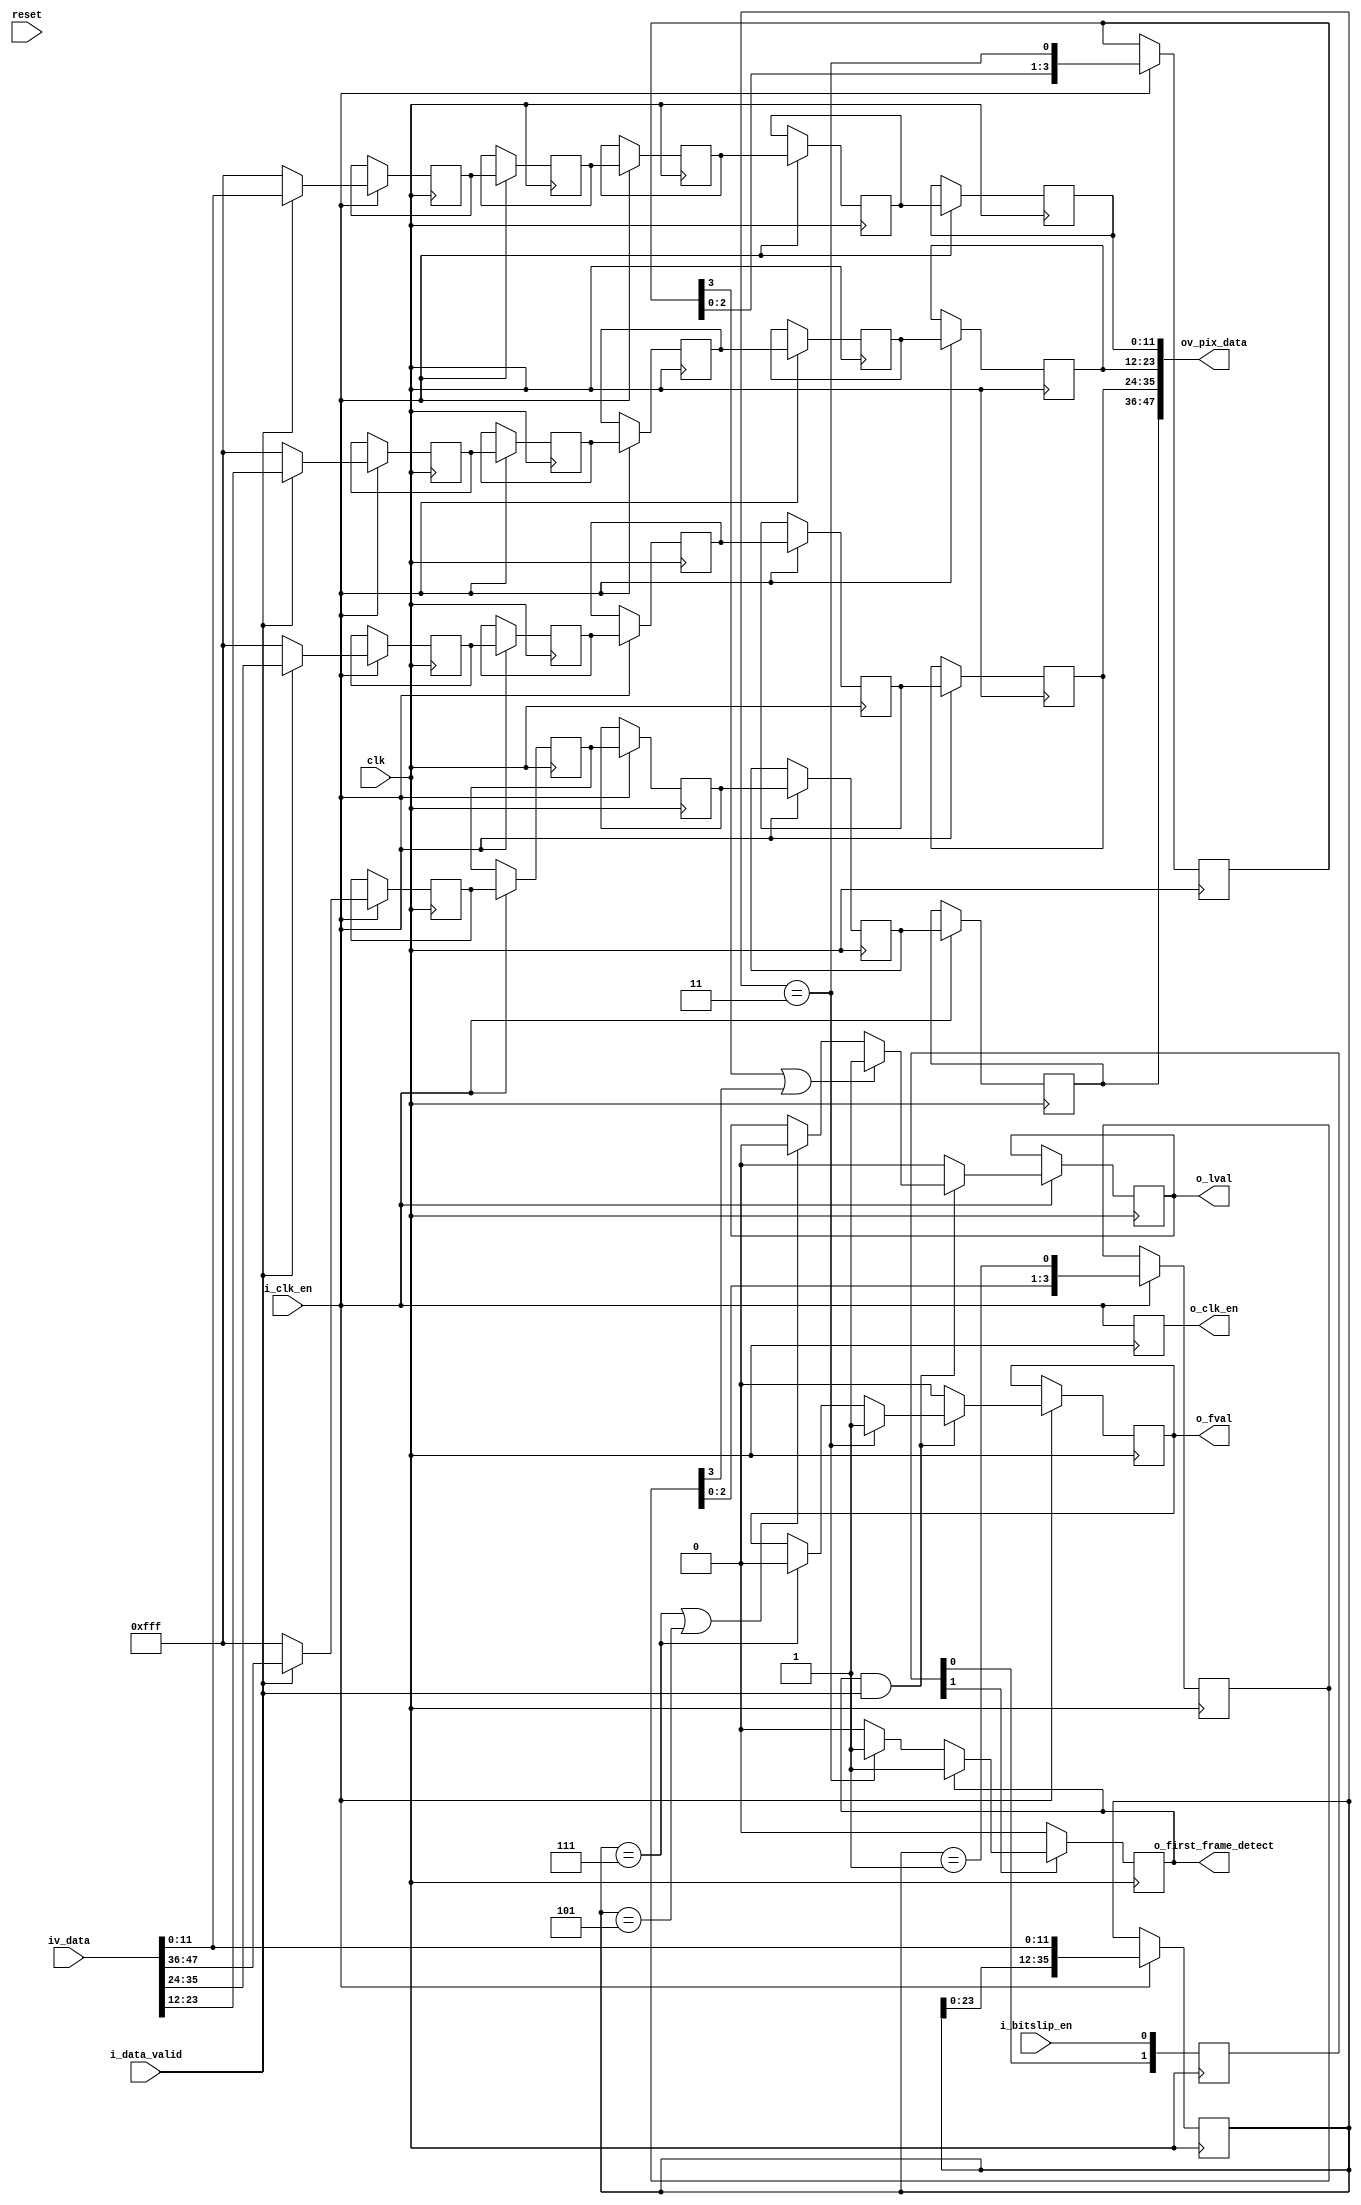
//-------------------------------------------------------------------------------------------------
//  --    : , 2010 -2015.
//  --      .
//  --          : FPGA
//  --        : HiSPi_receiver
//  --        : 
//-------------------------------------------------------------------------------------------------
//
//  --  :
//
//  --          :| 				:|  
//-------------------------------------------------------------------------------------------------
//  --        :| 2015/08/11 13:46:45	:|  
//-------------------------------------------------------------------------------------------------
//
//  --      : HiSPi
//              1)  : 
//
//              2)  : fvallvalpixel_data,fvallval
//				fval:____|--------------------------------------------|_____
//				lval:____|----|____|----|____|----|____|----|____|----|_____
//				data:____|<-->|____|<-->|____|<-->|____|<-->|____|<-->|_____
//
//				3)	: 4
//-------------------------------------------------------------------------------------------------
///
`timescale 1ns/1ns
//-------------------------------------------------------------------------------------------------
module hispi_receiver #(
	parameter		SER_FIRST_BIT			= "LSB"				,	//"LSB" or "MSB" , first bit to the receiver
	parameter		END_STYLE				= "LITTLE"			,	//"LITTLE" or "BIG" , "LITTLE" - {CHANNEL3 CHANNE2 CHANNEL1 CHANNEL0}. "BIG" - {CHANNEL0 CHANNEL1 CHANNEL2 CHANNEL3}.
	parameter		SENSOR_DAT_WIDTH		= 12				,
	parameter		CHANNEL_NUM				= 4
	)
	(
	input												clk					,	//
	input												reset				,	//
	input												i_clk_en			,	//
	input												i_data_valid		,	//
	input	[SENSOR_DAT_WIDTH*CHANNEL_NUM-1:0]			iv_data				,	//1
	input												i_bitslip_en		,	//bitslip
	output												o_first_frame_detect,	//
	output												o_clk_en			,
	output												o_fval				,	//
	output												o_lval				,	//
	output		[SENSOR_DAT_WIDTH*CHANNEL_NUM-1:0]		ov_pix_data		 		//
	);

	//	-------------------------------------------------------------------------------------
	//	hispi 
	//	-------------------------------------------------------------------------------------
	localparam					SOF	= {{(SENSOR_DAT_WIDTH-4){1'b0}},4'b0011};
	localparam					SOL	= {{(SENSOR_DAT_WIDTH-4){1'b0}},4'b0001};
	localparam					EOF	= {{(SENSOR_DAT_WIDTH-4){1'b0}},4'b0111};
	localparam					EOL	= {{(SENSOR_DAT_WIDTH-4){1'b0}},4'b0101};

	reg		[1:0]								bitslip_en_shift		= 2'b0	;//
	wire	[SENSOR_DAT_WIDTH-1:0]				wv_data_lane[CHANNEL_NUM-1:0]	;	//1
	reg		[SENSOR_DAT_WIDTH*3-1:0]			data_lane0_shift		= 'b0	;	//lan0
	reg											first_frame_detect		= 1'b0	;//

	reg											lval_reg				= 1'b0	;
	reg											fval_reg				= 1'b0	;
	reg											clk_en_dly				= 1'b0	;
	wire										sof_flag				;//SOF
	wire										eol_flag				;//EOL
	wire										sol_flag				;//SOL
	wire										eof_flag				;//EOF
	reg		[SENSOR_DAT_WIDTH-1:0]				data_lane_output[CHANNEL_NUM-1:0]	;	//1
	reg		[SENSOR_DAT_WIDTH-1:0]				data_lane_output_dly0[CHANNEL_NUM-1:0]	;	//1
	reg		[SENSOR_DAT_WIDTH-1:0]				data_lane_output_dly1[CHANNEL_NUM-1:0]	;	//1
	reg		[SENSOR_DAT_WIDTH-1:0]				data_lane_output_dly2[CHANNEL_NUM-1:0]	;	//1
	reg		[SENSOR_DAT_WIDTH-1:0]				data_lane_output_dly3[CHANNEL_NUM-1:0]	;	//1

	//	===============================================================================================
	//	ref ******
	//	===============================================================================================
	//	-------------------------------------------------------------------------------------
	//	i_bitslip_enclk_pixi_clk_parallel
	//	-------------------------------------------------------------------------------------
	always @ (posedge clk)begin
		bitslip_en_shift	<=	{bitslip_en_shift[0],i_bitslip_en};
	end

	//	===============================================================================================
	//	ref ******
	//	===============================================================================================
	//	-------------------------------------------------------------------------------------
	//	
	//	-- RATIO bit
	//	--bytebyte
	//	-------------------------------------------------------------------------------------
	genvar	i;
	generate
		for(i=0;i<CHANNEL_NUM;i=i+1) begin
			if(END_STYLE=="LITTLE") begin
				assign	wv_data_lane[i]	= iv_data[SENSOR_DAT_WIDTH*(i+1)-1:SENSOR_DAT_WIDTH*i];
			end
			else if(END_STYLE=="BIG") begin
				assign	wv_data_lane[i]	= iv_data[SENSOR_DAT_WIDTH*(CHANNEL_NUM-i)-1:SENSOR_DAT_WIDTH*(CHANNEL_NUM-i-1)];
			end
		end
	endgenerate

	//	-------------------------------------------------------------------------------------
	//	lan0 2*RATIO bit
	//	-------------------------------------------------------------------------------------
	always @ (posedge clk) begin
		if(i_clk_en==1'b1) begin
			data_lane0_shift	<= {data_lane0_shift[SENSOR_DAT_WIDTH*2-1:0],wv_data_lane[0]};
		end
	end

	//----------------------------------------------------------------------------------------
	//SOFSOLEOFEOL
	//----------------------------------------------------------------------------------------
	assign	sof_flag	=	data_lane0_shift=={{2*SENSOR_DAT_WIDTH{1'b0}},SOF};
	assign	sol_flag	=	data_lane0_shift=={{2*SENSOR_DAT_WIDTH{1'b0}},SOL};
	assign	eof_flag	=	data_lane0_shift=={{2*SENSOR_DAT_WIDTH{1'b0}},EOF};
	assign	eol_flag	=	data_lane0_shift=={{2*SENSOR_DAT_WIDTH{1'b0}},EOL};

	//	-------------------------------------------------------------------------------------
	//	 sof
	//	-------------------------------------------------------------------------------------
	always @ (posedge clk)begin
		if(!bitslip_en_shift[1]) begin
			first_frame_detect	<=	1'b0;
		end
		else if(!first_frame_detect)begin
			if(sof_flag) begin
				first_frame_detect	<=	1'b1;
			end
		end
	end
	assign	o_first_frame_detect	= first_frame_detect;

	//	===============================================================================================
	//	ref ******
	//	===============================================================================================

	reg		[3:0]		sof_flag_shift	= 4'b0;
	reg		[3:0]		sol_flag_shift	= 4'b0;
	always @ (posedge clk) begin
		if(i_clk_en==1'b1) begin
			sof_flag_shift	<= {sof_flag_shift[2:0],sof_flag};
			sol_flag_shift	<= {sol_flag_shift[2:0],sol_flag};
		end
	end

	//	-------------------------------------------------------------------------------------
	//	
	//	-------------------------------------------------------------------------------------
	always @ (posedge clk) begin
		if(i_clk_en==1'b1) begin
			if(first_frame_detect==1'b1 && i_data_valid==1'b1) begin
				if(sof_flag_shift[3] | sol_flag_shift[3]) begin
					lval_reg		<=	1'b1;
				end
				else if(eof_flag | eol_flag) begin
					lval_reg	<=	1'b0;
				end
			end
			else begin
				lval_reg	<=	1'b0;
			end
		end
	end
	assign	o_lval	= lval_reg;

	//	-------------------------------------------------------------------------------------
	//	
	//	-------------------------------------------------------------------------------------
	always @ (posedge clk) begin
		if(i_clk_en==1'b1) begin
			if(first_frame_detect==1'b1 && i_data_valid==1'b1) begin
				if(sof_flag) begin
					fval_reg	<=	1'b1;
				end
				else if(eof_flag)
				fval_reg	<=	1'b0;
			end
			else begin
				fval_reg		<=	1'b0;
			end
		end
	end
	assign	o_fval	= fval_reg;

	//	-------------------------------------------------------------------------------------
	//	
	//	-------------------------------------------------------------------------------------
	always @ (posedge clk) begin
		clk_en_dly	<= i_clk_en;
	end
	assign	o_clk_en	= clk_en_dly;

	//	-------------------------------------------------------------------------------------
	//	1
	//	-------------------------------------------------------------------------------------
	genvar	j;
	generate
		for(j=0;j<CHANNEL_NUM;j=j+1) begin
			always @ (posedge clk)begin
				if(i_clk_en==1'b1) begin
					if(!i_data_valid)begin
						data_lane_output[j]	<= {SENSOR_DAT_WIDTH{1'b1}};
					end
					else if(i_data_valid)begin
						data_lane_output[j]	<= wv_data_lane[j];
					end
				end
			end

			always @ (posedge clk)begin
				if(i_clk_en==1'b1) begin
					data_lane_output_dly0[j]	<= data_lane_output[j];
					data_lane_output_dly1[j]	<= data_lane_output_dly0[j];
					data_lane_output_dly2[j]	<= data_lane_output_dly1[j];
					data_lane_output_dly3[j]	<= data_lane_output_dly2[j];
				end
			end
		end
	endgenerate

	//	-------------------------------------------------------------------------------------
	//	
	//	-------------------------------------------------------------------------------------
	genvar	l;
	generate
		for(l=0;l<CHANNEL_NUM;l=l+1) begin
			if(END_STYLE=="LITTLE") begin
				assign	ov_pix_data[(l+1)*SENSOR_DAT_WIDTH-1:l*SENSOR_DAT_WIDTH]	= data_lane_output_dly3[l];
			end
			else if(END_STYLE=="BIG") begin
				assign	ov_pix_data[(l+1)*SENSOR_DAT_WIDTH-1:l*SENSOR_DAT_WIDTH]	= data_lane_output_dly3[CHANNEL_NUM-l-1];
			end
		end
	endgenerate

endmodule